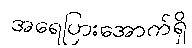
အရေပြားအောက်ရှိ